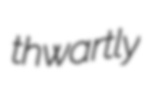
thwartly